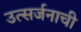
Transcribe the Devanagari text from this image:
उत्सर्जनाची